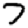
Digit: 7